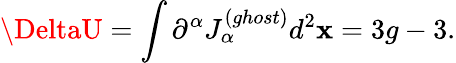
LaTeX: \DeltaU=\int\partial^{\alpha}J_{\alpha}^{(ghost)}d^{2}\mathbf{x}=3g-3.